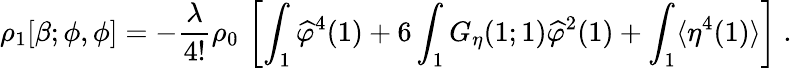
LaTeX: \rho_{1}[\beta;\phi,\phi]=-\frac{\lambda}{4!}\rho_{0}\, \left[\int_{1}\widehat\varphi^{4}(1)+6\int_{1}G_{\eta}(1;1)\widehat\varphi^{2}(1)+\int_{1}\langle\eta^{4}(1)\rangle\right]\; .